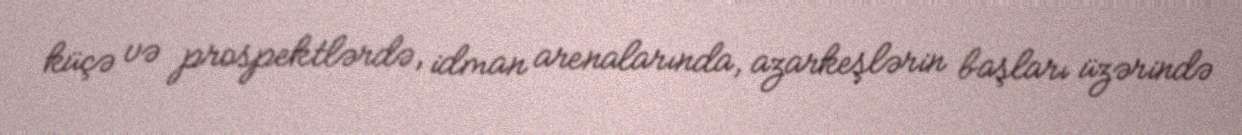
küçə və prospektlərdə, idman arenalarında, azarkeşlərin başları üzərində